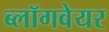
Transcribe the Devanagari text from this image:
ब्लॉगवेयर